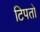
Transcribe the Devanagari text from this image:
टिपतो